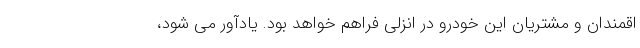
اقمندان و مشتریان این خودرو در انزلی فراهم خواهد بود. یادآور می شود،